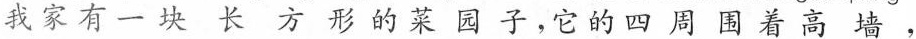
我家有一块长方形的菜园子，它的四周围着高墙，